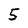
Character: 5